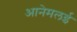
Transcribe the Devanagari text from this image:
आनेमलई